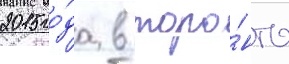
2015 го́да в торо́нто